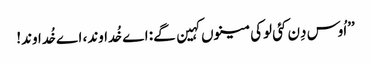
’’اُوس دِن کئی لوکی مینوں کہین گے: اے خُداوند، اے خُداوند!